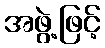
အဖွဲ့ဖြင့်